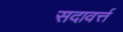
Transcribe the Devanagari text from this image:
सदावर्त्त